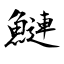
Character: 鰱